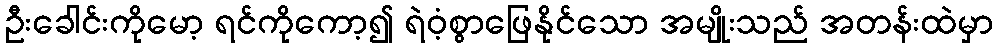
ဦးခေါင်းကိုမော့ ရင်ကိုကော့၍ ရဲဝံ့စွာဖြေနိုင်သော အမျိုးသည် အတန်းထဲမှာ